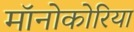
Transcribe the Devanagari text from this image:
मॉनोकोरिया